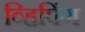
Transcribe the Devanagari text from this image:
व्हिपिंग